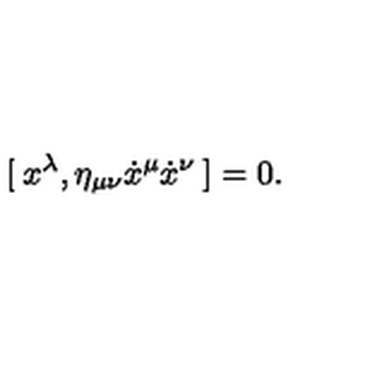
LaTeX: [ \: x ^ { \lambda } , \eta _ { \mu \nu } \dot { x } ^ { \mu } \dot { x } ^ { \nu } \: ] = 0 .